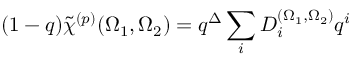
( 1 - q ) \tilde { \chi } ^ { ( p ) } ( \Omega _ { 1 } , \Omega _ { 2 } ) = q ^ { \Delta } \sum _ { i } D _ { i } ^ { ( \Omega _ { 1 } , \Omega _ { 2 } ) } q ^ { i }